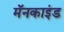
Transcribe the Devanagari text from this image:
मॅनकाइंड